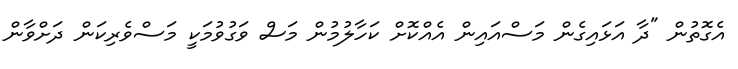
އެގޮތުން "ދާ އަޅައިގެން މަސްއައިން އެއްކޮށް ކަހާލުމުން މަސް ވަގުވުމަކީ މަސްވެރިކަން ދަށްވާން